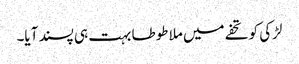
لڑکی کو تحفے میں ملا طوطا بہت ہی پسند آیا۔